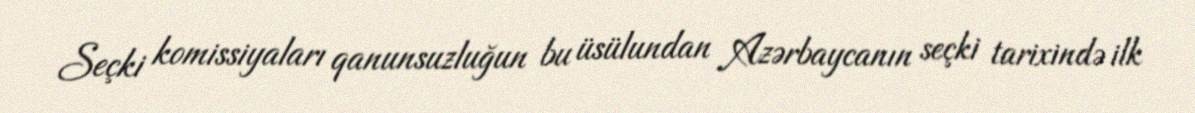
Seçki komissiyaları qanunsuzluğun bu üsülundan Azərbaycanın seçki tarixində ilk